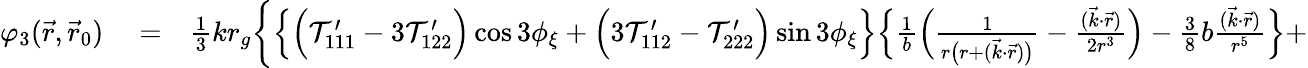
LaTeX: \begin{array}{rlr}{\varphi_{3}(\vec{r},\vec{r}_{0})}&{{}=}&{{\textstyle\frac{1}{3}}kr_{g}\bigg\{ \Big\{ \Big({\cal T}_{111}^{\prime}-3{\cal T}_{122}^{\prime}\Big)\cos 3\phi_{\xi}+\Big(3{\cal T}_{112}^{\prime}-{\cal T}_{222}^{\prime}\Big)\sin 3\phi_{\xi}\Big\} \Big\{ \frac{1}{b}\Big(\frac{1}{r\big(r+(\vec{k}\cdot\vec{r})\big)}-\frac{(\vec{k}\cdot\vec{r})}{2r^{3}}\Big)-{\textstyle\frac{3}{8}}b\frac{(\vec{k}\cdot\vec{r})}{r^{5}}\Big\} +}\end{array}